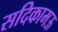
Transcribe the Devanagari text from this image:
सदिकामऊ